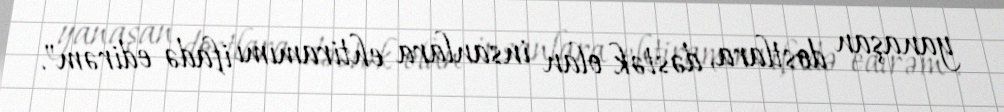
yanaşan dostlara, dəstək olan insanlara ehtiramımı ifadə edirəm".